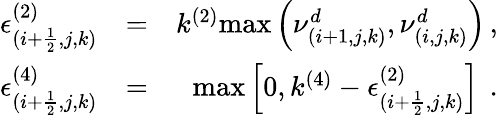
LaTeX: \begin{array}{rlr}{\epsilon_{(i+\frac{1}{2},j,k)}^{(2)}}&{=}&{k^{(2)}\mathrm{max}\left(\nu_{(i+1,j,k)}^{d},\nu_{(i,j,k)}^{d}\right)\, \mathrm{,}}\\ {\epsilon_{(i+\frac{1}{2},j,k)}^{(4)}}&{=}&{\mathrm{max}\left[0,k^{(4)}-\epsilon_{(i+\frac{1}{2},j,k)}^{(2)}\right]\, \mathrm{~.}}\end{array}